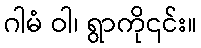
ဂါမံ ဝါ၊ ရွာကို၎င်း။